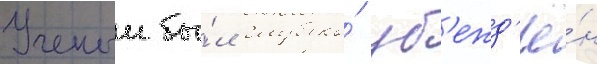
Ученыи бы́л глубоко́ уб'ежд'ё́н